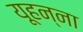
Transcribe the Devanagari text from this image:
यूहन्ना